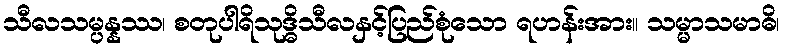
သီလသမ္ပန္နဿ၊ စတုပါရိသုဒ္ဓိသီလနှင့်ပြည်စုံသော ရဟန်းအား။ သမ္မာသမာဓိ၊